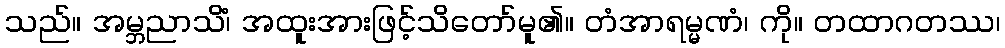
သည်။ အမ္ဘညာသိံ၊ အထူးအားဖြင့်သိတော်မူ၏။ တံအာရမ္မဏံ၊ ကို။ တထာဂတဿ၊